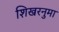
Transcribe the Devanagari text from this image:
शिखरनुमा